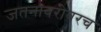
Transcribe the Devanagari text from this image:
जतनाबरोबरच